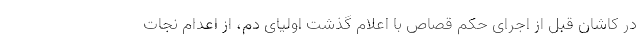
در کاشان قبل از اجرای حکم قصاص با اعلام گذشت اولیای دم، از اعدام نجات